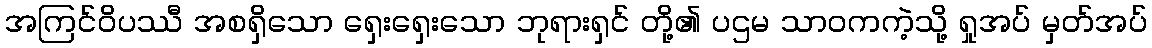
အကြင်ဝိပဿီ အစရှိသော ရှေးရှေးသော ဘုရားရှင် တို့၏ ပဌမ သာဝကကဲ့သို့ ရှုအပ် မှတ်အပ်